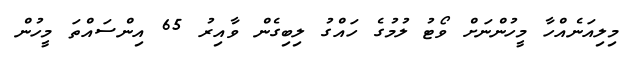
މިލިއަނެއްހާ މީހުންނަށް ވޯޓު ލުމުގެ ހައްގު ލިބިގެން ވާއިރު 65 އިންސައްތަ މީހުން